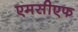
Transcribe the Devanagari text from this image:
एमसीएफ